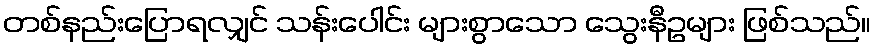
တစ်နည်းပြောရလျှင် သန်းပေါင်း များစွာသော သွေးနီဥများ ဖြစ်သည်။